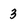
Character: 3